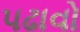
પઢાવો